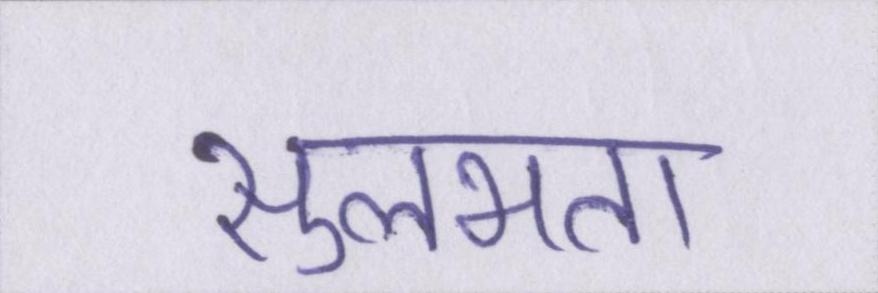
सुलभता